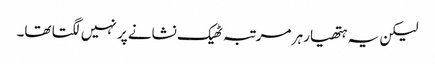
لیکن یہ ہتھیار ہر مرتبہ ٹھیک نشانے پر نہیں لگتا تھا۔